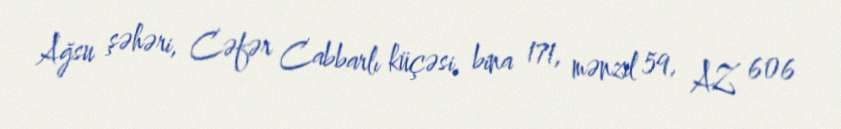
Ağsu şəhəri, Cəfər Cabbarlı küçəsi, bina 171, mənzil 59, AZ 606